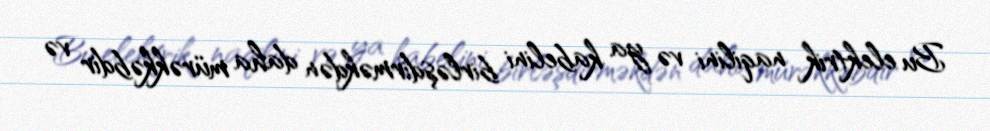
Bu elektrik naqilini və ya kabelini birləşdirməkdən daha mürəkkəbdir və